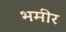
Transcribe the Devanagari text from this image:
भमीर